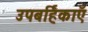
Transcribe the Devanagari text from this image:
उपबर्हिकाएँ